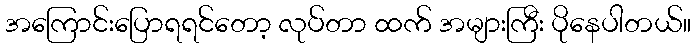
အကြောင်းပြောရရင်တော့ လုပ်တာ ထက် အများကြီး ပိုနေပါတယ်။